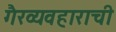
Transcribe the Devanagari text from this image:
गैरव्यवहाराची